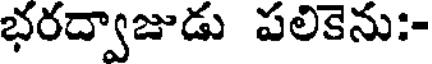
భరద్వాజుడు పలికెను:-